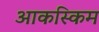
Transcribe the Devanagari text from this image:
आकस्किम